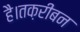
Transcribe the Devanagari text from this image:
है।तक़रीबन